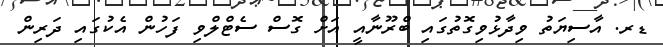
ޑރ. އާސިޔަތު ވިދާޅުވިގޮތުގައި ބްރޫނާއީ އަށް ގޮސް ސެޓްލްވި ފަހުން އެކުގައި ދަރިން